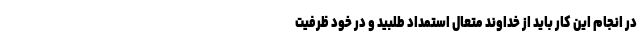
در انجام این کار باید از خداوند متعال استمداد طلبید و در خود ظرفیت